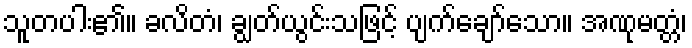
သူတပါး၏။ ခလိတံ၊ ချွတ်ယွင်းသဖြင့် ပျက်ချော်သော။ အဏုမတ္တံ၊